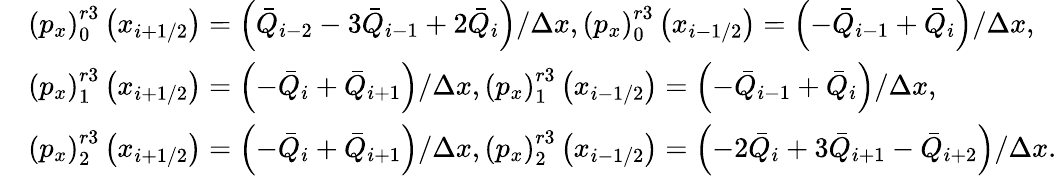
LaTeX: \begin{array}{rl}&{\left({{p}_{x}}\right)_{0}^{r3}\left({{x}_{i+1/2}}\right)=\left({{{\bar{Q}}}_{i-2}}-3{{{\bar{Q}}}_{i-1}}+2{{{\bar{Q}}}_{i}}\right)/\Delta x,\left({{p}_{x}}\right)_{0}^{r3}\left({{x}_{i-1/2}}\right)=\left(-{{{\bar{Q}}}_{i-1}}+{{{\bar{Q}}}_{i}}\right)/\Delta x,}\\ &{\left({{p}_{x}}\right)_{1}^{r3}\left({{x}_{i+1/2}}\right)=\left(-{{{\bar{Q}}}_{i}}+{{{\bar{Q}}}_{i+1}}\right)/\Delta x,\left({{p}_{x}}\right)_{1}^{r3}\left({{x}_{i-1/2}}\right)=\left(-{{{\bar{Q}}}_{i-1}}+{{{\bar{Q}}}_{i}}\right)/\Delta x,}\\ &{\left({{p}_{x}}\right)_{2}^{r3}\left({{x}_{i+1/2}}\right)=\left(-{{{\bar{Q}}}_{i}}+{{{\bar{Q}}}_{i+1}}\right)/\Delta x,\left({{p}_{x}}\right)_{2}^{r3}\left({{x}_{i-1/2}}\right)=\left(-2{{{\bar{Q}}}_{i}}+3{{{\bar{Q}}}_{i+1}}-{{{\bar{Q}}}_{i+2}}\right)/\Delta x.}\end{array}